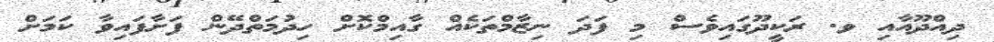
ދިއްދޫއާއި ވ. ރަކީދޫގައިވެސް މި ފަދަ ނިޒާމްތަކެއް ގާއިމްކޮށް ހިދުމަތްދޭން ފަށާފައިވާ ކަމަށް